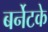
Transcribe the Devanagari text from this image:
बर्नेटके